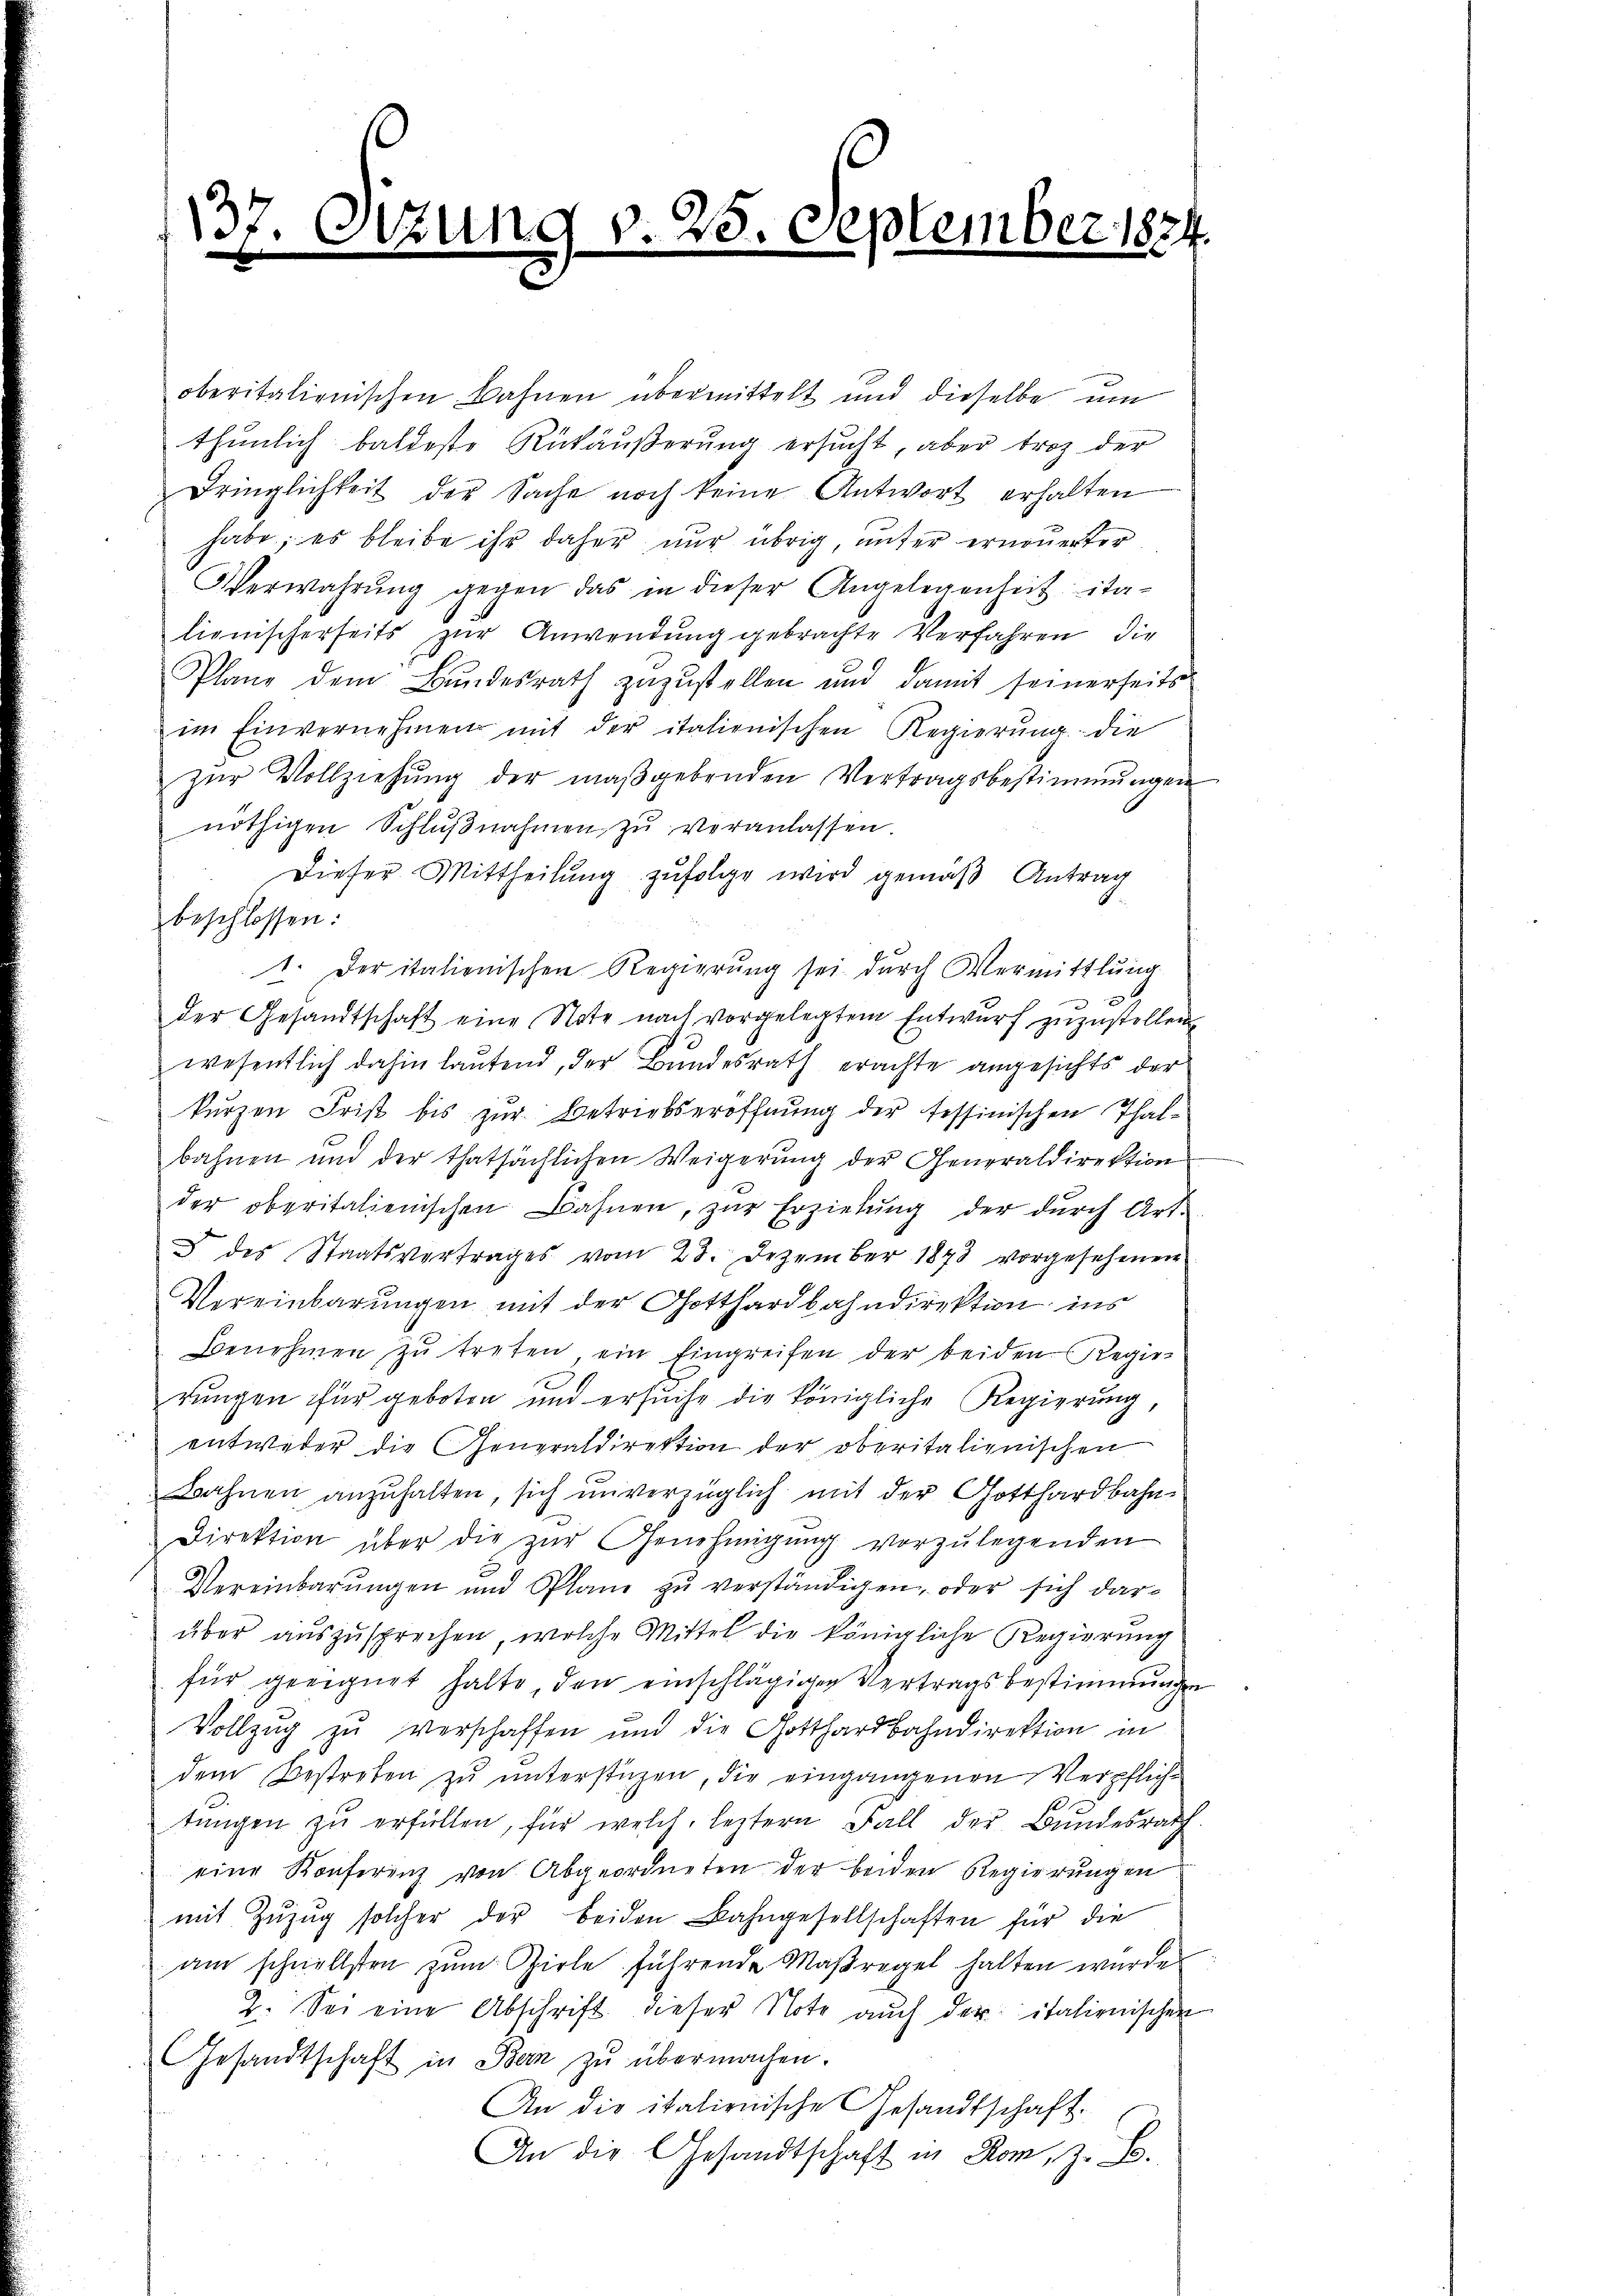
m

137. Ottung v. 25. September 1874.

oberitalienischen Bahnen übermittelt und dieselbe um
thŭnlich baldeste Rükäŭβerŭng ersŭcht, aber trotz der
Dringlichkeit der Sache noch keine Antwort erhalten
habe; es bleibe ihr daher nur übrig unter erneuerter
Verwahrung gegen das in dieser Angelegenheit ita-
lienischerseits zŭr Anwendung gebrachte Verfahren, die
Plane dem Bundesrath zuzustellen und damit seinerseits
im Einvernehmen mit der italienischen Regierŭng die
zŭr Vollziehŭng der maßgebenden Vertragsbestimmungen
nöthigen Schlŭβnahmen zŭ veranlassen
Dieser Mittheilung zufolge wird gemäß Antrag
beschlossen:
1. Der italienischen Regierung sei durch Vermittlung
der Gesandtschaft eine Note nach vorgelegtem Entwurf zuzustellen
wesentlich dahin lautend, der Bundesrath erachte angesichts der
kurzen Frist bis zur Betriebseröffnung der tessinischen Thalbahnen und der thatsächlichen Weigerung der Generaldirektion
der oberitalienischen Bahnen, zŭr Erziehŭng der dŭrch Art.
§ des Staatsvertrages vom 23. Dezember 1873 vorgesehenen
Vereinbarungen mit der Gotthardbahndirektion ins
Benehmen zŭ treten ein Eingreifen der beiden Regier
rungen für geboten und ersŭche die königliche Regierung,
entweder die Generaldirektion der oberitalienischen
Bahnen anzŭhalten, sich unverzüglich mit der Gotthardbahn-
Direktion über die zŭr Genehmigŭng vorzŭlegenden
Vereinbarŭngen und Plane zŭ verständigen, oder sich dar-
über auszusprechen, welche Mittel die königliche Regierung
für geeignet halte, den einschlägigen Vertragsbestimmungen
Vollzug zu verschaffen und die Gotthardbahndirektion in
dem Bestreben zŭ ŭnterstüzen, die eingangenen Verpflich-
tŭngen zŭ erfüllen, für welch leztern Fall der Bundesrath.
eine Konferenz von Abgeordneten der beiden Regierungen
mit Zŭzŭg solcher der beiden Bahngesellschaften für die
am schnellsten zŭm Ziele führende Maßregel halten wurde
2. Sei eine Abschrift dieser Note auch der italienischen
Gesandtschaft in Bern zŭ übermachen.
An die italienische Gesandtschaft.
An die Gesandtschaft in Rom, z. B.